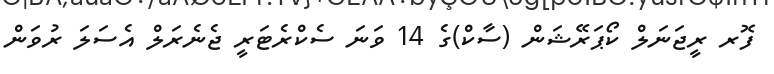
ފޮރ ރީޖަނަލް ކޯޕަރޭޝަން (ސާކް)ގެ 14 ވަނަ ސެކްރެޓަރީ ޖެނެރަލް އެސަލަ ރުވަން